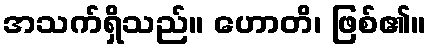
အသက်ရှိသည်။ ဟောတိ၊ ဖြစ်၏။